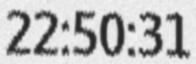
22:50:31